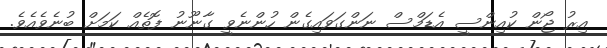
އިރު ޖޯން ކުއިންސީ އެޑަމްސް ނަންގަވައިގެން ހުންނެވީ ގާނޫނު ފޮތެއް ކަމަށް ބުނެވެއެވެ.